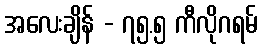
အလေးချိန် - ၇၅.၅ ကီလိုဂရမ်